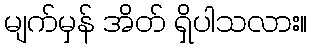
မျက်မှန် အိတ် ရှိပါသလား။